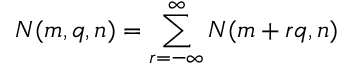
N ( m , q , n ) = \sum _ { r = - \infty } ^ { \infty } N ( m + r q , n )